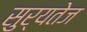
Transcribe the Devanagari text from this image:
सुर्यतेज